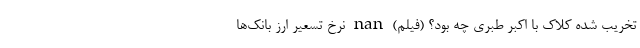
تخریب شده کلاک با اکبر طبری چه بود؟ (فیلم) nan نرخ تسعیر ارز بانک‌ها